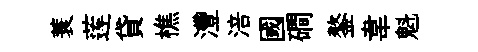
蓑莲貸樵灃涪國磵鏊韋魁